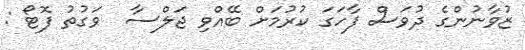
ޒުވާނުންގެ ދުވަސް ފާހަގަ ކުރުމަށް ބޭއްވި ޖަލްސާ  ވަގުތު ފޮޓޯ :